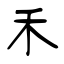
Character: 禾